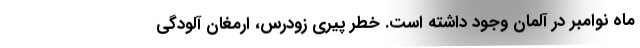
ماه نوامبر در آلمان وجود داشته است. خطر پیری زودرس، ارمغان آلودگی